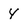
Character: 4